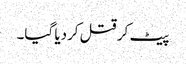
پیٹ کر قتل کردیا گیا۔